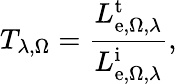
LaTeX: T_{\lambda,\Omega}={\frac{L_{\mathrm{e},\Omega,\lambda}^{\mathrm{t}}}{L_{\mathrm{e},\Omega,\lambda}^{\mathrm{i}}}},